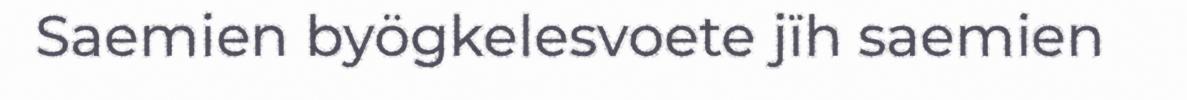
Saemien byögkelesvoete jïh saemien